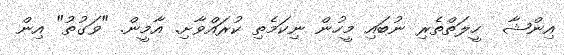
އިންޝާ  ހީލަތްތެރި ނުބައި މީހުން ނިކަމެތި ކުރައްވާށި. އާމީން. "ވަގުތު" އިން